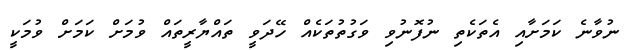
ނުވާނެ ކަމަށާއި އެތަކެތި ނުފޮނުވި ވަގުތުތަކެއް ހޭދަވީ ތައްޔާރީތައް ވުމަށް ކަމަށް ވުމަކީ